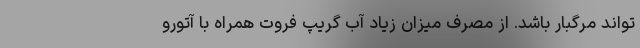
تواند مرگبار باشد. از مصرف میزان زیاد آب گریپ فروت همراه با آتورو